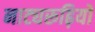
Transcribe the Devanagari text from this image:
नाट्यरूढ़ियों